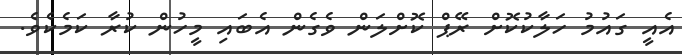
އެއީ ގައުމު ހަލާކުކޮށް ރޭޕް ކޮށްލަން ވެގެން އެބައި މީހުން ކުރާ ކަމެކެވެ.